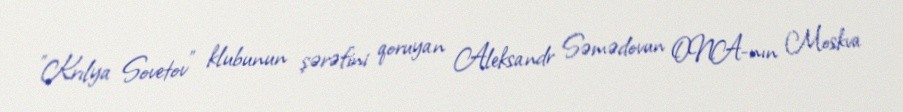
"Krılya Sovetov" klubunun şərəfini qoruyan Aleksandr Səmədovun ONA-nın Moskva